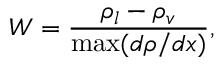
W = \frac { \rho _ { l } - \rho _ { v } } { \operatorname* { m a x } ( d \rho / d x ) } ,